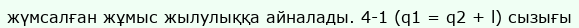
жүмсалған жұмыс жылулыққа айналады. 4-1 (q1 = q2 + l) сызығы